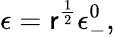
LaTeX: \epsilon=\mathsf{r}^{\frac{{1}}{{2}}}\epsilon_{-}^{0},